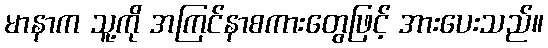
မာနာက သူ့ကို အကြင်နာစကားတွေဖြင့် အားပေးသည်။